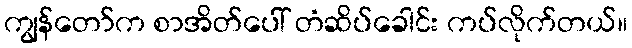
ကျွန်တော်က စာအိတ်ပေါ် တံဆိပ်ခေါင်း ကပ်လိုက်တယ်။